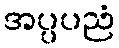
အပ္ပပညံ